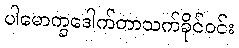
ပါမောက္ခဒေါက်တာသက်ခိုင်ဝင်း